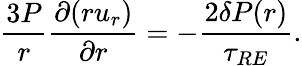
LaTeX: \frac{3P}{r}\frac{\partial(ru_{r})}{\partial r}=-\frac{2\delta{P}(r)}{\tau_{RE}}.